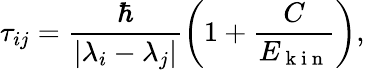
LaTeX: \tau_{ij}=\frac{\hbar}{|\lambda_{i}-\lambda_{j}|}\left(1+\frac{C}{E_{\mathrm{~k~i~n~}}}\right),